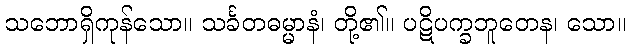
သဘောရှိကုန်သော။ သင်္ခတဓမ္မာနံ၊ တို့၏။ ပဋိပက္ခဘူတေန၊ သော။